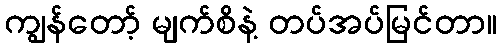
ကျွန်တော့် မျက်စိနဲ့ တပ်အပ်မြင်တာ။